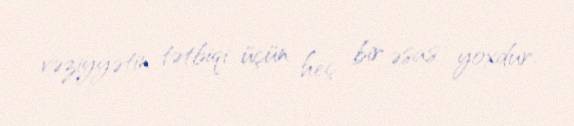
vəziyyətin tətbiqi üçün heç bir əsas yoxdur.